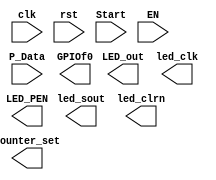
`timescale 1ns / 1ps
//////////////////////////////////////////////////////////////////////////////////
// Company: 
// Engineer: 
// 
// Design Name: 
// Module Name:    Device_led 
// Project Name: 
// Target Devices: 
// Tool versions: 
// Description: 
//
// Dependencies: 
//
// Revision: 
// Revision 0.01 - File Created
// Additional Comments: 
//
//////////////////////////////////////////////////////////////////////////////////
module 		 SPIO(input clk,							//
						input rst,                    //
						input Start,                  //
						input EN,                     //PIO/LED
						input [31:0] P_Data,          //
						output reg[1:0] counter_set,  ///
						output [15:0] LED_out,        //
						output wire led_clk,          //
						output wire led_sout,         //
						output wire led_clrn,         //LED
						output wire LED_PEN,          //LED
						output reg[13:0] GPIOf0			//GPIO			 
						);

endmodule